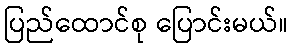
ပြည်ထောင်စု ပြောင်းမယ်။